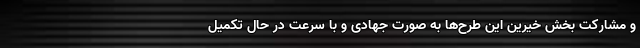
و مشارکت بخش خیّرین این طرح‌ها به صورت جهادی و با سرعت در حال تکمیل